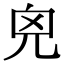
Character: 𠒆